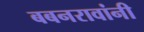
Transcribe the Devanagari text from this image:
बबनरावांनी